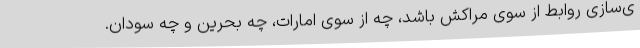
ی‌سازی روابط از سوی مراکش باشد، چه از سوی امارات، چه بحرین و چه سودان.